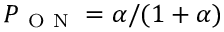
P _ { \mathrm { ~ O ~ N ~ } } = \alpha / ( 1 + \alpha )